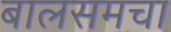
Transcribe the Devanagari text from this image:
बालसमचा